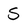
Character: S